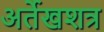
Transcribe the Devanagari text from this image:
अर्तेखशत्र